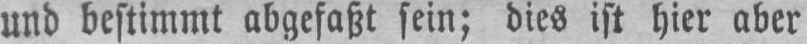
und bestimmt abgefaßt sein; dies ist hier aber